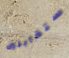
ستقابلين